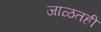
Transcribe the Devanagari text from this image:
जाळतही